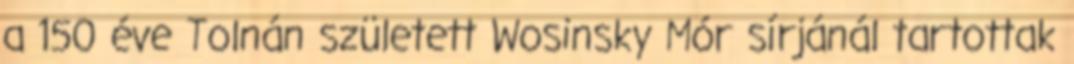
a 150 éve Tolnán született Wosinsky Mór sírjánál tartottak